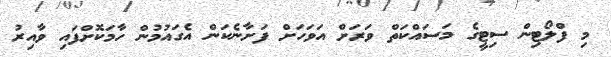
މި ފްލޯޓިން ސިޓީގެ މަސައްކަތް ވަރަށް އަވަހަށް ފަށާނެކަން އެގައުމުން ހާމަކޮށްފައި ވާއިރު